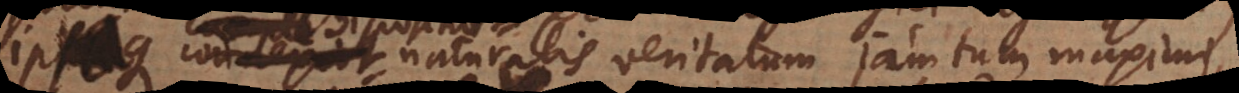
comple naturalis veritatum jam tum maximi